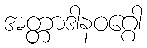
အတ္တာဒါနဝဂ္ဂေါ